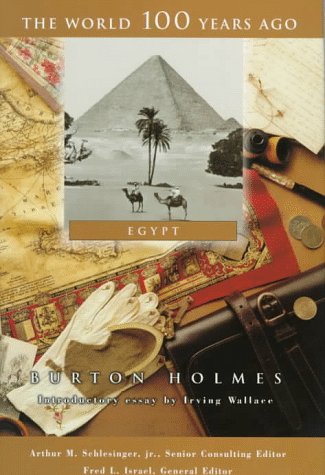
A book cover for Egypt (World 100 Years Ago); Burton Holmes; Teen & Young Adult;